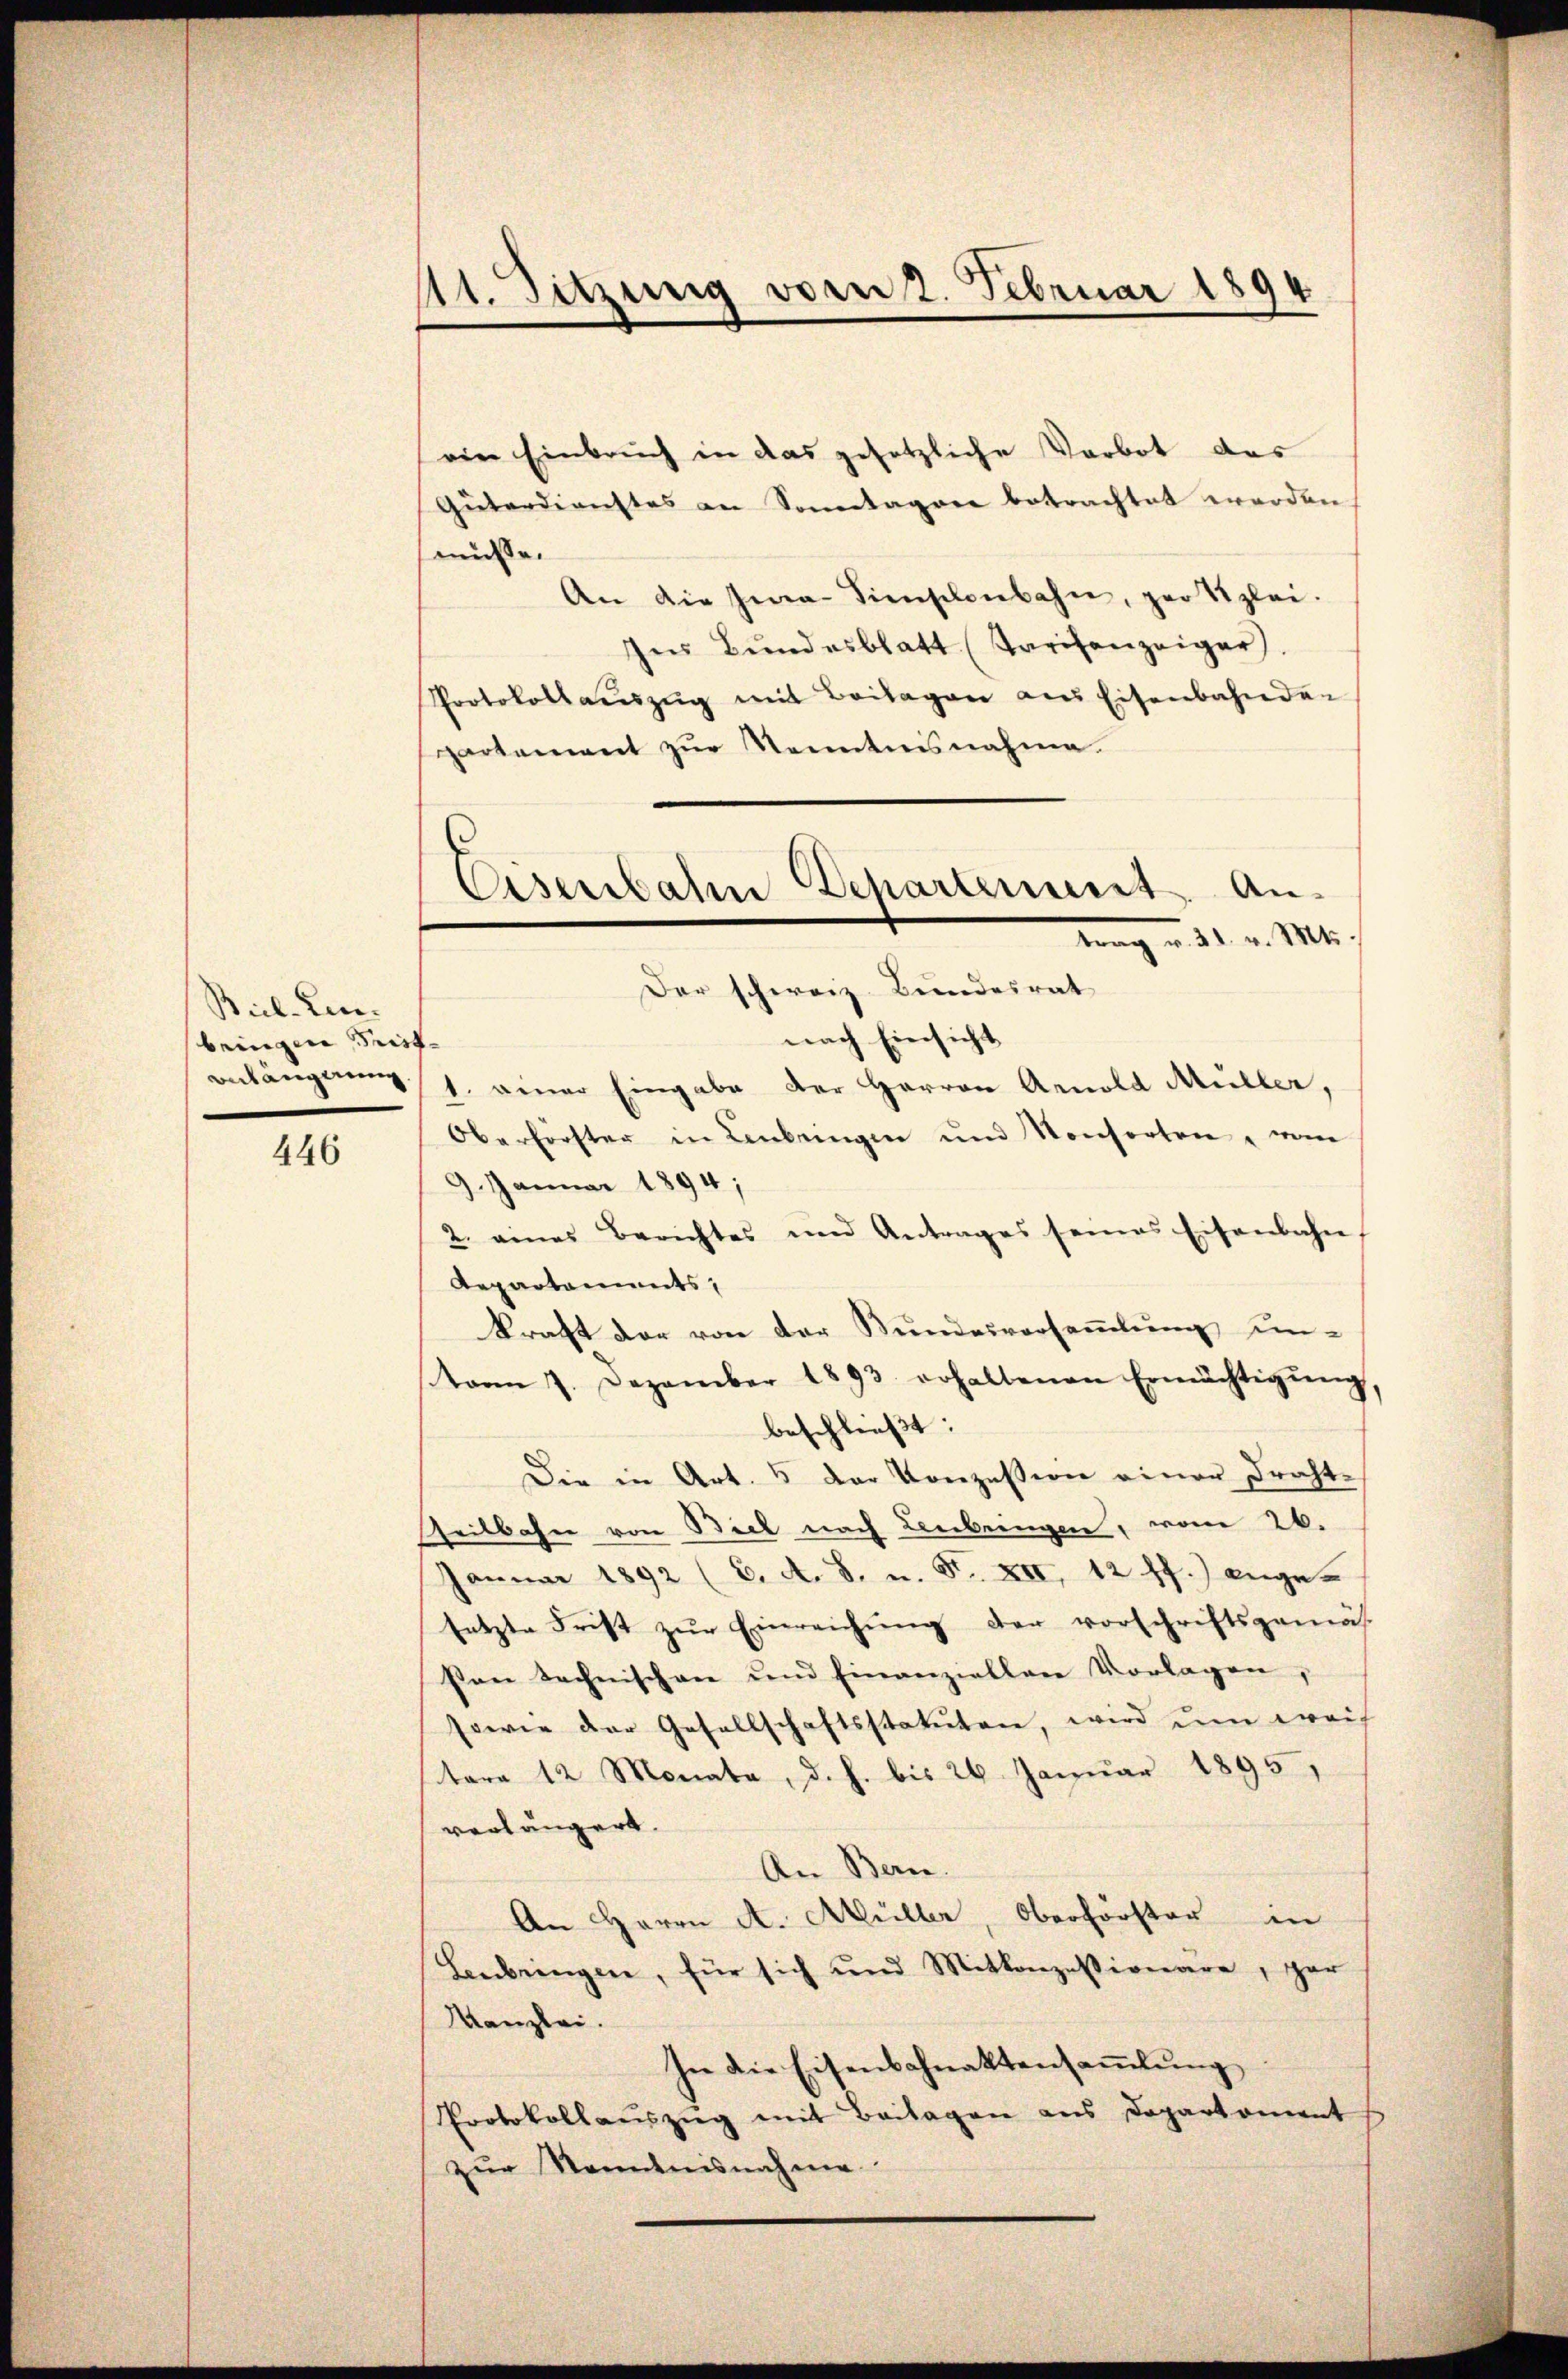
Biel-Linbringen Frist¬
Bnlängerung.

446

1t. Sitzung vom 2. Februar 1894

eine Einbruch in das gesetzliche Vorbot des
Güterdienstes an Sonntagone betrachtet werden.
müsse.
An die Ina-Sienschenbahn, per Sizlei.
Ins Bundesblatt (Tarifenzeiger).
Protokollaŭszŭg mit Beilagen aus Eisenbahnden
partement zŭr Kenntnisnahme.
nach Einsicht
1. einer Eingabe der Herren Arnold Müller,
Oberförster in Anbringen und Konsorten " vom
9. Januar 1894;
2. eines Berichtes und Antrages seines Eisenbahn
Repartements,
kraft der von der Bundesversammlung untvom 7. Dezember 1893. erhaltenen Ermächtigŭng,
beschließt:
Die in Art. 5 der Konzession einer Frachte
heitbahn von Biel nach Leibringen, vom 26.
Januar 1892 (C. A. S. u. F. XII, 12 ff.) angesetzte Frist zŭr Einreichŭng der vorschriftsgemäs
Pon technischen und Einanziellere Vorlagen,
sowie der Gesellschaftsstatuten, wird um weis
tere 12 Monate, d. h. bis 26. Januar 1895
verlängert.
An Bern.
An Herrn A. Müller, Oberförster in
Leibringen, für sich und Mitkonzessionäre, gar
Kanzlei.
In die Eisenbahnaktensammlung
Protokollauszug mit Beilagen aus Departement
zur Kenntnisnahme

Eisenbahn Schartenunt. An-
21. v. Mts.
Der schweiz. Bundesrat